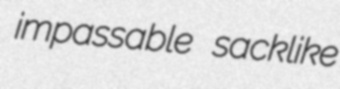
impassable sacklike